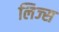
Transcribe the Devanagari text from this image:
लिज्स